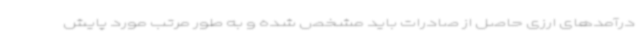
درآمدهای ارزی حاصل از صادرات باید مشخص شده و به طور مرتب مورد پایش